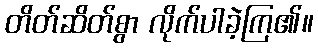
တိတ်ဆိတ်စွာ လိုက်ပါခဲ့ကြ၏။